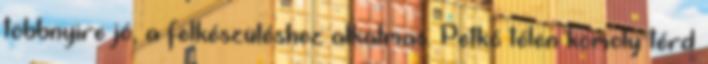
többnyire jó, a felkészüléshez alkalmas. Petkó télen komoly térd